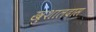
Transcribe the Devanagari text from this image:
खुशालदास